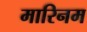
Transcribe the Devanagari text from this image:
मारिनम